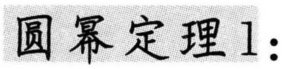
圆幂定理1：